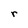
Character: r